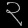
Digit: ၃